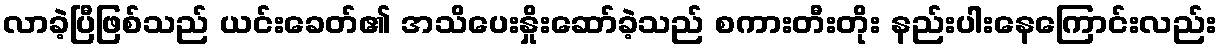
လာခဲ့ပြီဖြစ်သည် ယင်းခေတ်၏ အသိပေးနှိုးဆော်ခဲ့သည် စကားတီးတိုး နည်းပါးနေကြောင်းလည်း